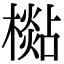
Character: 檆